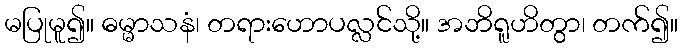
မပြုမူ၍။ ဓမ္မာသနံ၊ တရားဟောပလ္လင်သို့။ အဘိရူဟိတွာ၊ တက်၍။